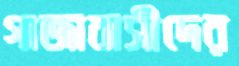
গাজাবাসীদের